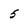
Character: 5